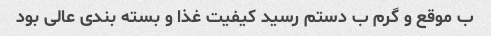
ب موقع و گرم ب دستم رسید کیفیت غذا و بسته بندی عالی بود